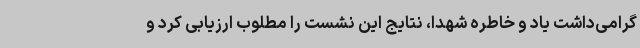
گرامی‌داشت یاد و خاطره شهدا، نتایج این نشست را مطلوب ارزیابی کرد و